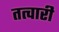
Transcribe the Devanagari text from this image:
तत्वारी